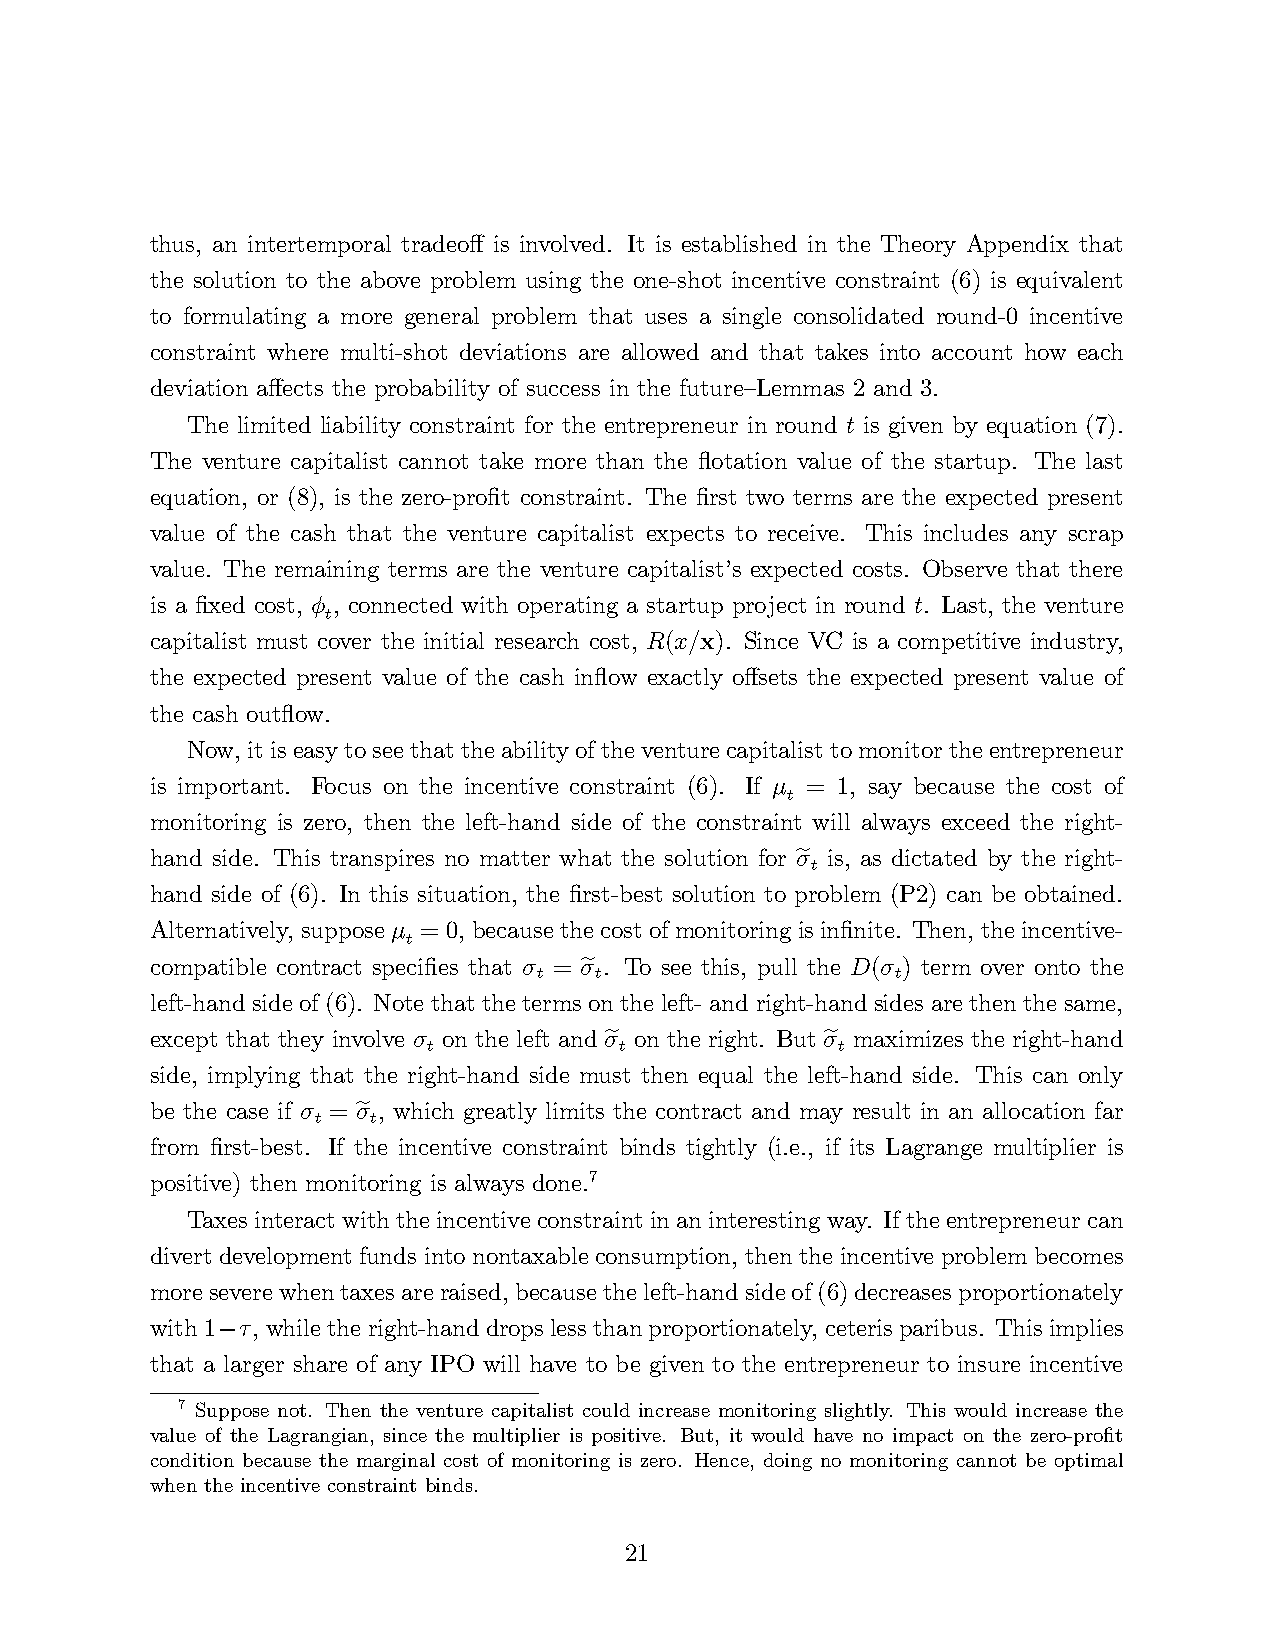
thus, an intertemporal tradeoff is involved. It is established in the Theory Appendix that
 the solution to the above problem using the one-shot incentive constraint (6) is equivalent
 to formulating a more general problem that uses a single consolidated round-0 incentive
 constraint where multi-shot deviations are allowed and that takes into account how each
 deviation affects the probability of success in the future—Lemmas 2 and 3.
 The limited liability constraint for the entrepreneur in round t is given by equation (7).
 The venture capitalist cannot take more than the flotation value of the startup. The last
 equation, or (8), is the zero-profit constraint. The first two terms are the expected present
 value of the cash that the venture capitalist expects to receive. This includes any scrap
 value. The remaining terms are the venture capitalist’s expected costs. Observe that there
 is a fixed cost, φ , connected with operating a startup project in round t. Last, the venture
 t
 capitalist must cover the initial research cost, R(x/x). Since VC is a competitive industry,
 the expected present value of the cash inflow exactly offsets the expected present value of
 the cash outflow.
 Now, it is easy to see that the ability of the venture capitalist to monitor the entrepreneur
 is important. Focus on the incentive constraint (6). If µ = 1, say because the cost of
 t
 monitoring is zero, then the left-hand side of the constraint will always exceed the right-
 hand side. This transpires no matter what the solution for σ is, as dictated by the right-
 t
 hand side of (6). In this situation, the first-best solution to problem (P2) can be obtained.
 Alternatively, suppose µ = 0, because the cost of monitoring eis infinite. Then, the incentive-
 t
 compatible contract specifies that σ = σ . To see this, pull the D(σ ) term over onto the
 t  t                   t
 left-hand side of (6). Note that the terms on the left- and right-hand sides are then the same,
 except that they involve σ on the left aned σ on the right. But σ maximizes the right-hand
 t            t             t
 side, implying that the right-hand side must then equal the left-hand side. This can only
 be the case if σ = σ , which greatly limitse the contract and maey result in an allocation far
 t   t
 from first-best. If the incentive constraint binds tightly (i.e., if its Lagrange multiplier is
 positive) then monietoring is always done.7
 Taxes interact with the incentive constraint in an interesting way. If the entrepreneur can
 divert development funds into nontaxable consumption, then the incentive problem becomes
 more severe when taxes are raised, because the left-hand side of (6) decreases proportionately
 with 1 τ, while the right-hand drops less than proportionately, ceteris paribus. This implies
 −
 that a larger share of any IPO will have to be given to the entrepreneur to insure incentive
 7 Suppose not. Then the venture capitalist could increase monitoring slightly. This would increase the
 value of the Lagrangian, since the multiplier is positive. But, it would have no impact on the zero-profit
 condition because the marginal cost of monitoring is zero. Hence, doing no monitoring cannot be optimal
 when the incentive constraint binds.
 21